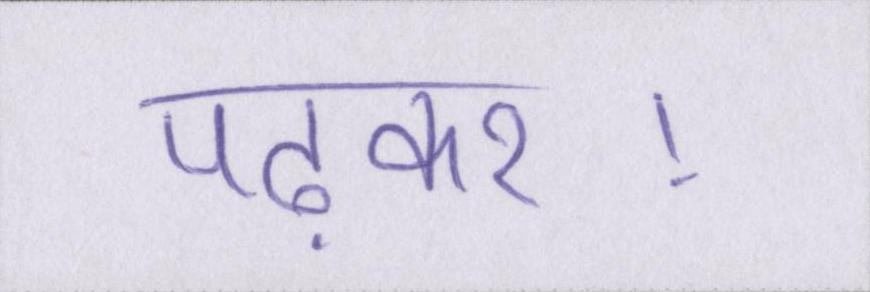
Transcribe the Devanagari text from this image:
पढ़कर।